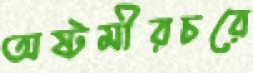
অষ্টমীরচরে